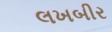
લખબીર